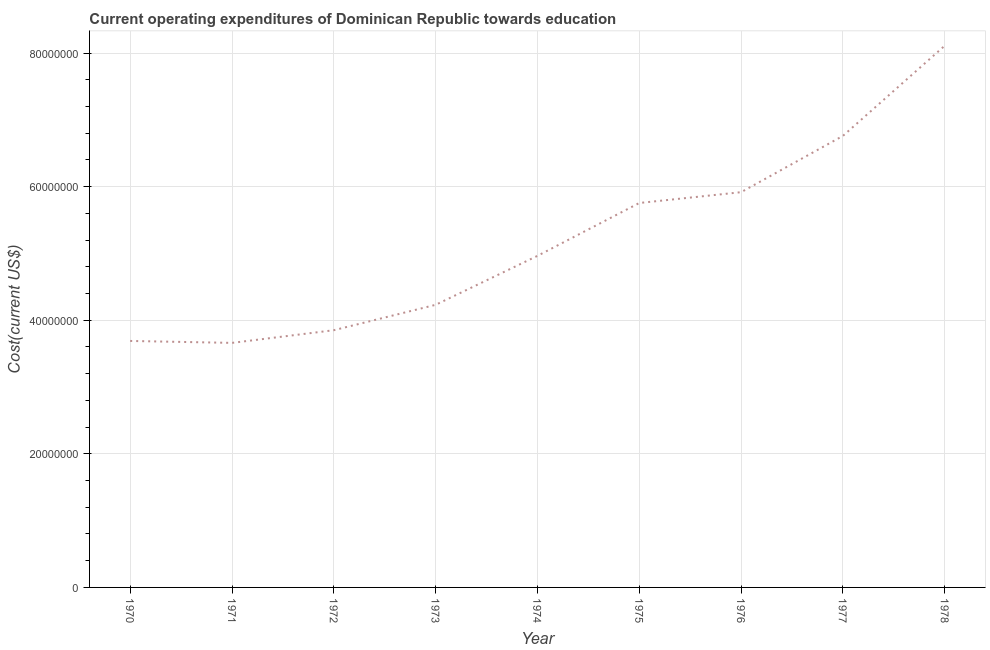
| Year | Education expenditure |
 | --- | --- |
 | 1970 | 3.69e+07 |
 | 1971 | 3.66e+07 |
 | 1972 | 3.85e+07 |
 | 1973 | 4.23e+07 |
 | 1974 | 4.96e+07 |
 | 1975 | 5.76e+07 |
 | 1976 | 5.92e+07 |
 | 1977 | 6.76e+07 |
 | 1978 | 8.11e+07 |